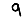
Digit: 9